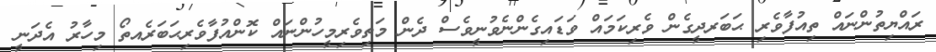
ރައްޔިތުންނައް ތިއުފާވެރި ޙަބަރދީގެން ވެރިކަމައް ވަޑައިގެންނެވުނީވެސް ދެން މަތިވެރިމީހުންނައް ކޮންއުފާވެރިޙަބަރެއތޯ މިހާރު އެދަނީ